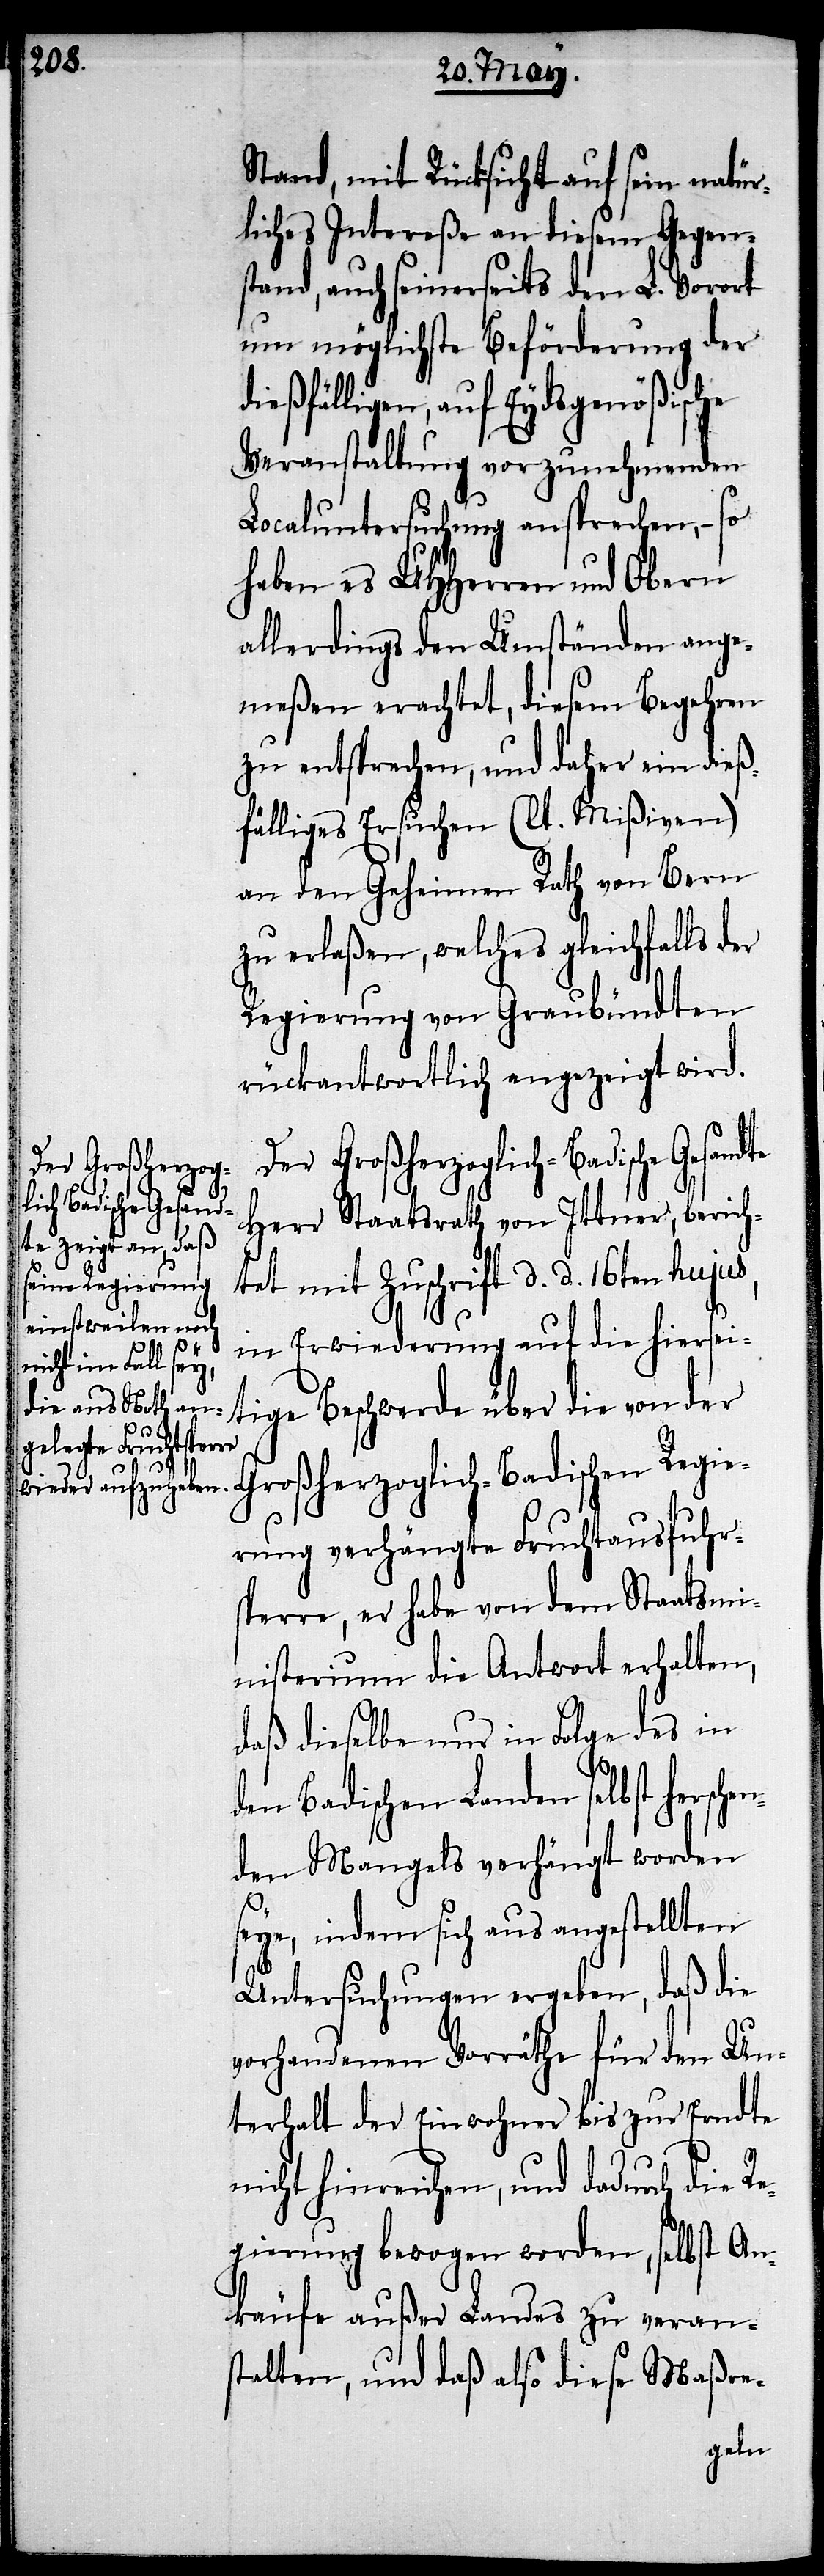
Stand, mit Rücksicht auf sein natür¬
liches Intereße an diesem Gegens¬
tand, auch seinerseits den L. Vorort
um möglichste Beförderung der
dießfälligen, auf Eydsgenößische
Veranstaltung vorzunehmenden
Localuntersuchung ansprechen, – so
haben es UHHerren und Obern
allerdings den Umständen ange¬
meßen erachtet, diesem Begehren
zu entsprechen, und daher ein dieß¬
fälliges Ersuchen (lt. Mißiven)
an den Geheimen Rath von Bern
zu erlaßen, welches gleichfalls der
Regierung von Graubündten
rückantwortlich angezeigt wird.
Der Großherzogl¬
ich-Badische Gesandte
Herr Staatsrath von Ittner, berich¬
tet mit Zuschrift d. d. 16ten hujus,
in Erwiederung auf die hierseit¬
ige Beschwerde über die von d¬
he¬
er Großherzoglich-Badischen Regie¬
rung verhängte Fruchtausfuhr¬
sperre, er habe von dem Staatsmi¬
nisterium die Antwort erhalten,
daß dieselbe nur in Folge des in
den Badischen Landen selbst herrsc¬
nden Mangels verhängt worden
seye, indem sich aus angestellten
Untersuchungen ergeben, daß die
vorhandenen Vorräthe für den Un¬
terhalt der Einwohner bis zur Erndte
nicht hinreichen, und dadurch die R¬
egierung bewogen worden, selbst An¬
käufe außer Landes zu veran¬
stalten, und daß also diese Maßre-